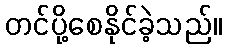
တင်ပို့စေနိုင်ခဲ့သည်။